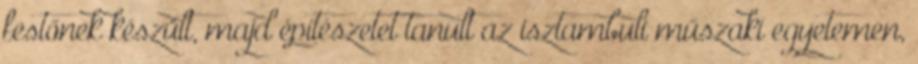
festőnek készült, majd építészetet tanult az isztambuli műszaki egyetemen,